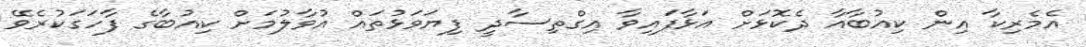
އެމެރިކާ އިން ކިއުބާއާ ދެކޮޅަށް އަޅާފައިވާ އިގްތިސާދީ ފިޔަވަޅުތައް އުވާލުމަށް ކިއުބާގެ ފާހަގަކުރެވޭ